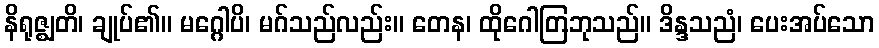
နိရုဇ္ဈတိ၊ ချုပ်၏။ မဂ္ဂေါပိ၊ မဂ်သည်လည်း။ တေန၊ ထိုဂေါတြဘုသည်။ ဒိန္ဒသညံ၊ ပေးအပ်သော